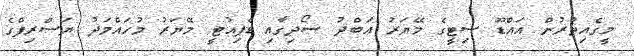
މީގެއިތުރުން އައްޑޫ ސިޓީގެ މޭޔަރު އަބްދު ސޯދިގާއި ޑެޕިއުޓީ މޭޔަރު މުހައްމަދު ޔަސްރިފްގެ